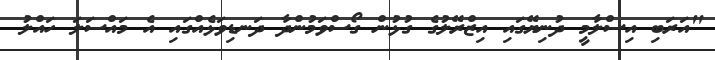
"އަރަބި އިސްލާމީ ދުނިޔޭގައި އިޒްރޭލުގެ ގުޅުން ގޯސްވަމުންދާ ދަނޑިވަޅެއްގައި އެ މައްސަލަ ހައްލު